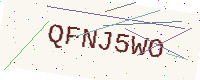
Text: QFNJ5WO